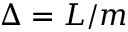
\Delta = L / m